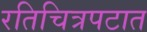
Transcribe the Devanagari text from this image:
रतिचित्रपटात